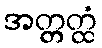
အတ္တတ္ထံ